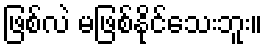
ဖြစ်လဲ မဖြစ်နိုင်သေးဘူး။